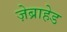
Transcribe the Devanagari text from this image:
ज़ेब्राहेड